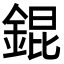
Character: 錕